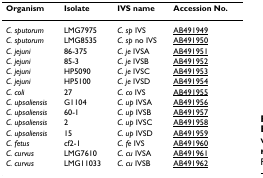
<table><thead><tr><td><b>Organism</b></td><td><b>Isolate</b></td><td><b>IVS name</b></td><td><b>Accession No.</b></td></tr></thead><tbody><tr><td><i>C. sputorum</i></td><td>LMG7975</td><td><i>C. sp </i>IVS</td><td>AB491949</td></tr><tr><td><i>C. sputorum</i></td><td>LMG8535</td><td><i>C. sp </i>no IVS</td><td>AB491950</td></tr><tr><td><i>C. jejuni</i></td><td>86-375</td><td><i>C. je </i>IVSA</td><td>AB491951</td></tr><tr><td><i>C. jejuni</i></td><td>85-3</td><td><i>C. je </i>IVSB</td><td>AB491952</td></tr><tr><td><i>C. jejuni</i></td><td>HP5090</td><td><i>C. je </i>IVSC</td><td>AB491953</td></tr><tr><td><i>C. jejuni</i></td><td>HP5100</td><td><i>C. je </i>IVSD</td><td>AB491954</td></tr><tr><td><i>C. coli</i></td><td>27</td><td><i>C. co </i>IVS</td><td>AB491955</td></tr><tr><td><i>C. upsaliensis</i></td><td>G1104</td><td><i>C. up </i>IVSA</td><td>AB491956</td></tr><tr><td><i>C. upsaliensis</i></td><td>60-1</td><td><i>C. up </i>IVSB</td><td>AB491957</td></tr><tr><td><i>C. upsaliensis</i></td><td>2</td><td><i>C. up </i>IVSC</td><td>AB491958</td></tr><tr><td><i>C. upsaliensis</i></td><td>15</td><td><i>C. up </i>IVSD</td><td>AB491959</td></tr><tr><td><i>C. fetus</i></td><td>cf2-1</td><td><i>C. fe </i>IVS</td><td>AB491960</td></tr><tr><td><i>C. curvus</i></td><td>LMG7610</td><td><i>C. cu </i>IVSA</td><td>AB491961</td></tr><tr><td><i>C. curvus</i></td><td>LMG11033</td><td><i>C. cu </i>IVSB</td><td>AB491962</td></tr></tbody></table>